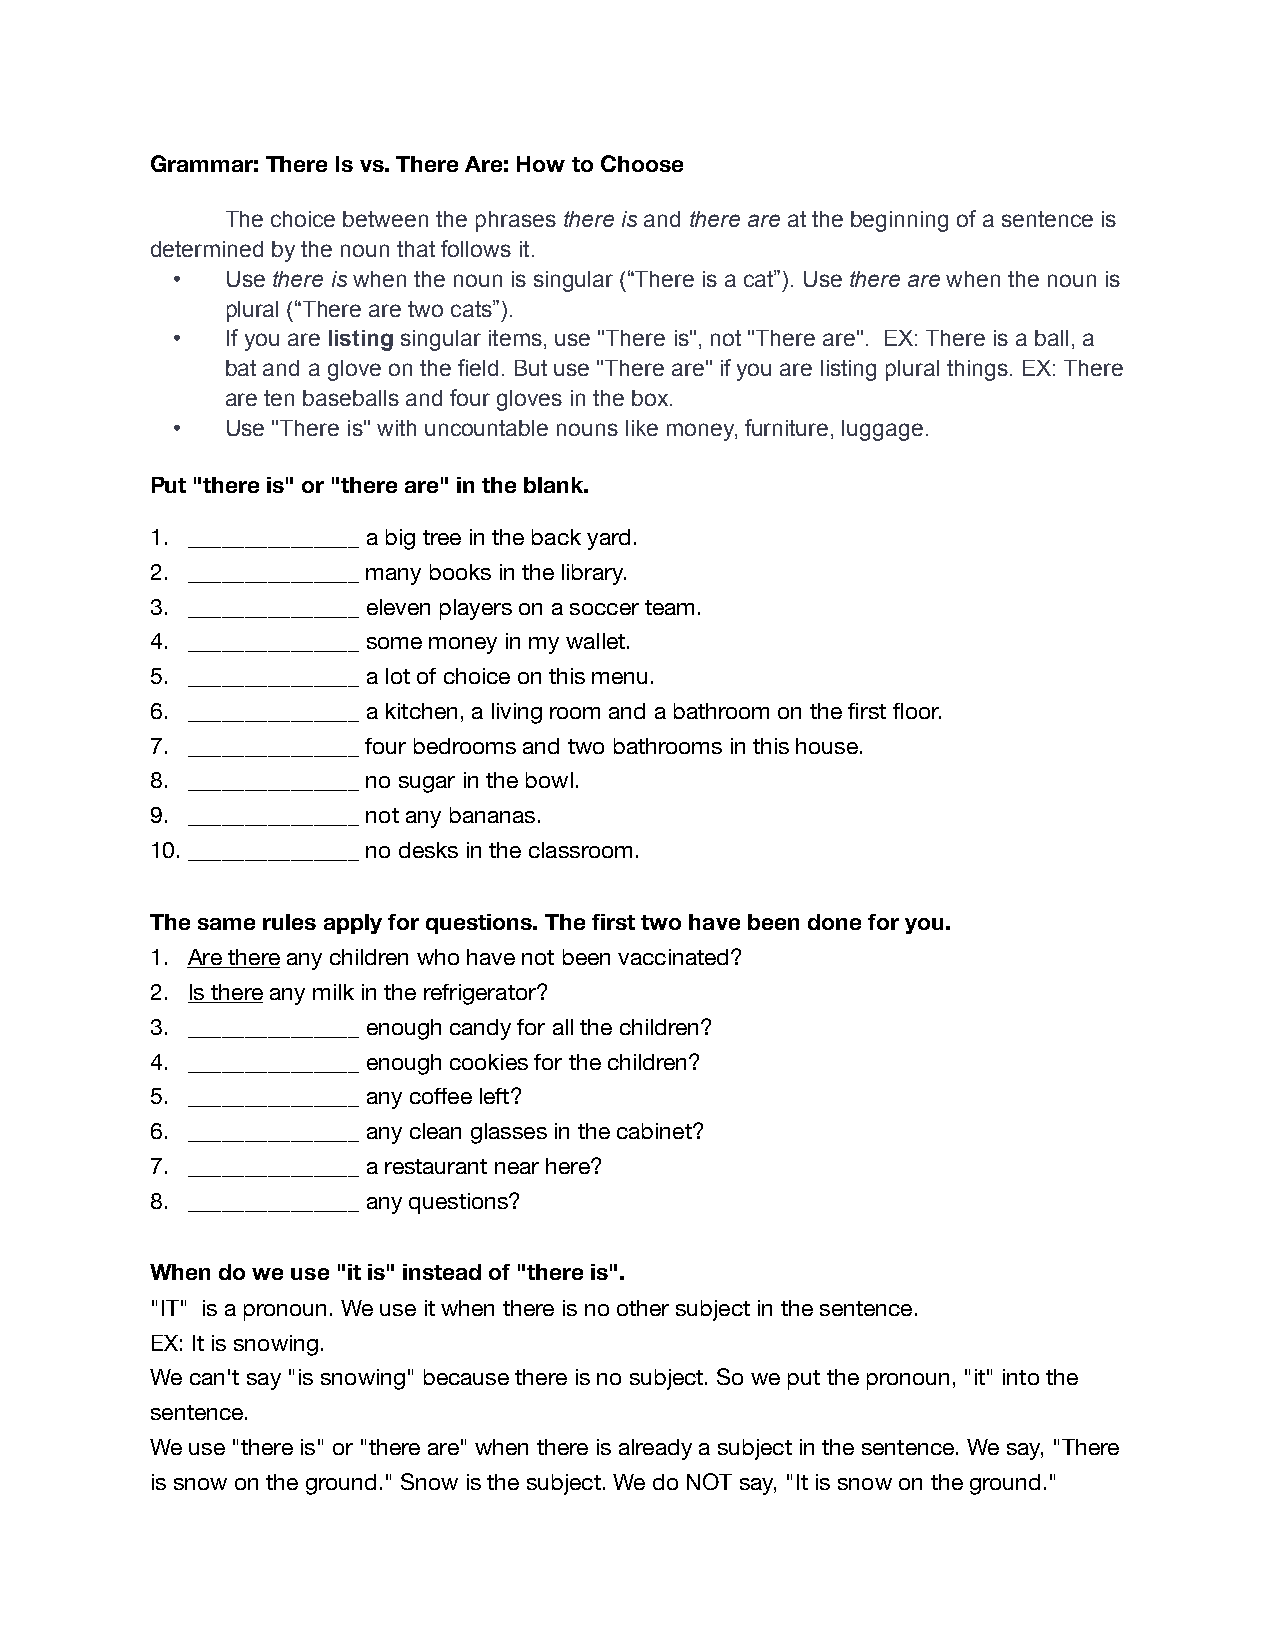
Grammar: There Is vs. There Are: How to Choose
 The choice between the phrases there is and there are at the beginning of a sentence is
 determined by the noun that follows it.
 •   Use there is when the noun is singular (“There is a cat”). Use there are when the noun is
 plural (“There are two cats”).
 •   If you are listing singular items, use "There is", not "There are". EX: There is a ball, a
 bat and a glove on the field. But use "There are" if you are listing plural things. EX: There
 are ten baseballs and four gloves in the box.
 •   Use "There is" with uncountable nouns like money, furniture, luggage.
 Put "there is" or "there are" in the blank.
 1. _______________ a big tree in the back yard.
 2. _______________ many books in the library.
 3. _______________ eleven players on a soccer team.
 4. _______________ some money in my wallet.
 5. _______________ a lot of choice on this menu.
 6. _______________ a kitchen, a living room and a bathroom on the first floor.
 7. _______________ four bedrooms and two bathrooms in this house.
 8. _______________ no sugar in the bowl.
 9. _______________ not any bananas.
 10._______________ no desks in the classroom.
 The same rules apply for questions. The first two have been done for you.
 1. Are there any children who have not been vaccinated?
 2. Is there any milk in the refrigerator?
 3. _______________ enough candy for all the children?
 4. _______________ enough cookies for the children?
 5. _______________ any coffee left?
 6. _______________ any clean glasses in the cabinet?
 7. _______________ a restaurant near here?
 8. _______________ any questions?
 When do we use "it is" instead of "there is".
 "IT" is a pronoun. We use it when there is no other subject in the sentence.
 EX: It is snowing.
 We can't say "is snowing" because there is no subject. So we put the pronoun, "it" into the
 sentence.
 We use "there is" or "there are" when there is already a subject in the sentence. We say, "There
 is snow on the ground." Snow is the subject. We do NOT say, "It is snow on the ground."